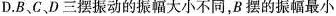
D.B、C、D三摆振动的振幅大小不同，B摆的振幅最小